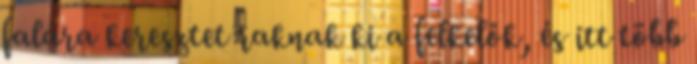
falára keresztet raknak ki a felkelők, és itt több